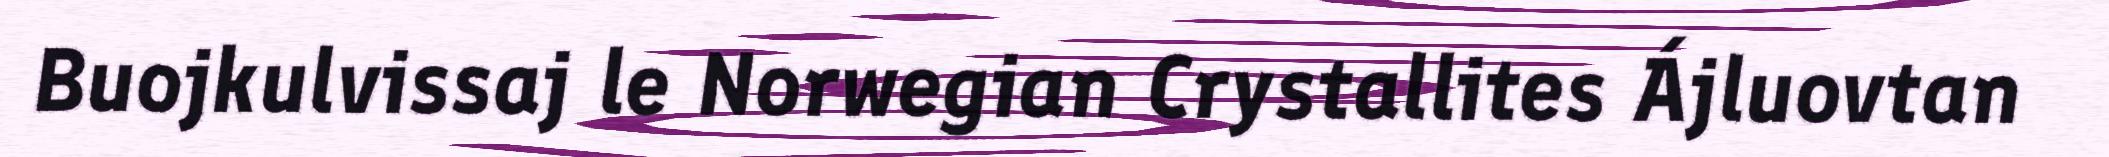
Buojkulvissaj le Norwegian Crystallites Ájluovtan